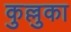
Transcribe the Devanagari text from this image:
कुल्लुका